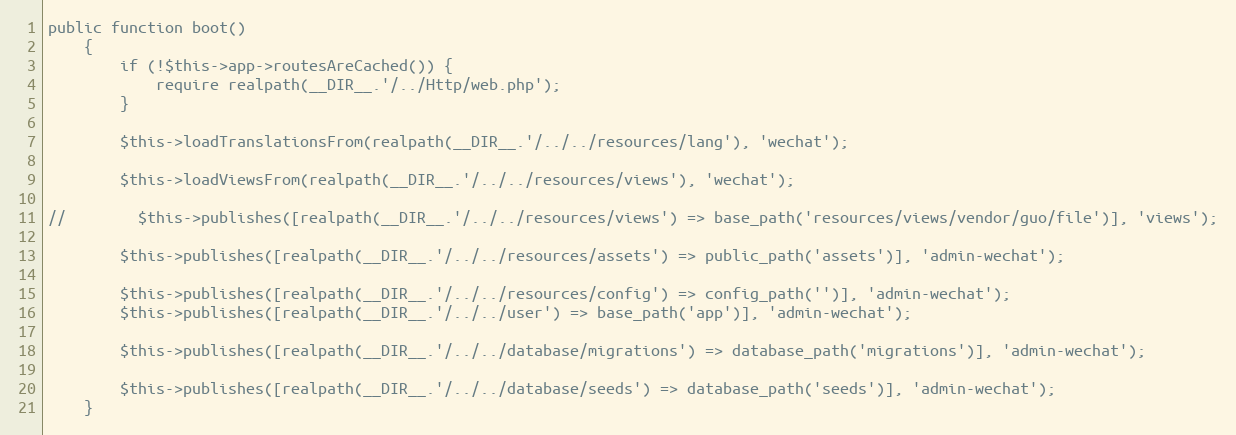
Language: PHP
public function boot()
    {
        if (!$this->app->routesAreCached()) {
            require realpath(__DIR__.'/../Http/web.php');
        }

        $this->loadTranslationsFrom(realpath(__DIR__.'/../../resources/lang'), 'wechat');

        $this->loadViewsFrom(realpath(__DIR__.'/../../resources/views'), 'wechat');

//        $this->publishes([realpath(__DIR__.'/../../resources/views') => base_path('resources/views/vendor/guo/file')], 'views');

        $this->publishes([realpath(__DIR__.'/../../resources/assets') => public_path('assets')], 'admin-wechat');

        $this->publishes([realpath(__DIR__.'/../../resources/config') => config_path('')], 'admin-wechat');
        $this->publishes([realpath(__DIR__.'/../../user') => base_path('app')], 'admin-wechat');

        $this->publishes([realpath(__DIR__.'/../../database/migrations') => database_path('migrations')], 'admin-wechat');

        $this->publishes([realpath(__DIR__.'/../../database/seeds') => database_path('seeds')], 'admin-wechat');
    }